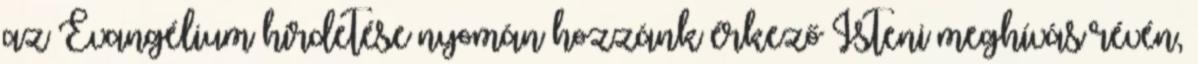
az Evangélium hirdetése nyomán hozzánk érkező Isteni meghívás révén,